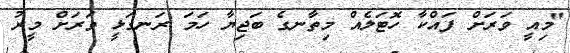
"މިއީ ވަރަށް ފައްކާ ހޮޓަލެއް މިތާނގެ ބަޖިޔާ ހަމަ ރަނގަޅީ ވަރަށް މީރު